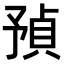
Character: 𧶃